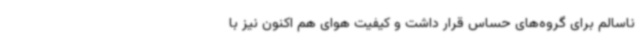
ناسالم برای گروه‌های حساس قرار داشت و کیفیت هوای هم اکنون نیز با